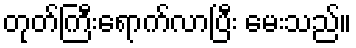
တုတ်ကြီးရောက်လာပြီး မေးသည်။